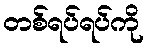
တစ်ရပ်ရပ်ကို